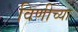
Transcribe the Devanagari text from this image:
विणींच्या